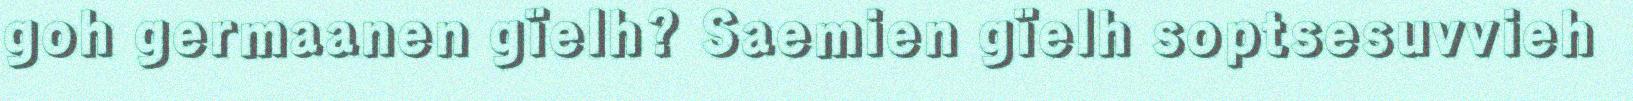
goh germaanen gïelh? Saemien gïelh soptsesuvvieh